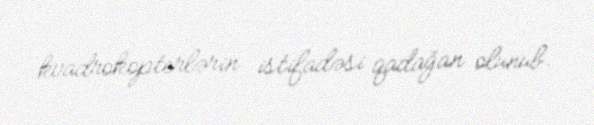
kvadrokopterlərin istifadəsi qadağan olunub.